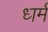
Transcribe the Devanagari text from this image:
ध्‍ार्म